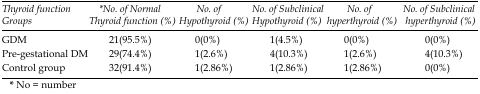
<table><thead><tr><td><b><i>Thyroid function</i><i>Groups</i></b></td><td><b><i>*No. of Normal</i><i>Thyroid function (%)</i></b></td><td><b><i>No. of Hypothyroid</i><i>(%)</i></b></td><td><b><i>No. of Subclinical</i><i>Hypothyroid</i><i>(%)</i></b></td><td><b><i>No. of hyperthyroid</i><i>(%)</i></b></td><td><b><i>No. of Subclinical</i><i>hyperthyroid</i><i>(%)</i></b></td></tr></thead><tbody><tr><td>GDM</td><td>21(95.5%)</td><td>0(0%)</td><td>1(4.5%)</td><td>0(0%)</td><td>0(0%)</td></tr><tr><td>Pre-gestational DM</td><td>29(74.4%)</td><td>1(2.6%)</td><td>4(10.3%)</td><td>1(2.6%)</td><td>4(10.3%)</td></tr><tr><td>Control group</td><td>32(91.4%)</td><td>1(2.86%)</td><td>1(2.86%)</td><td>1(2.86%)</td><td>0(0%)</td></tr></tbody></table>